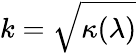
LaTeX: k=\sqrt{\kappa(\lambda)}